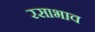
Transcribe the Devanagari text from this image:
रसाभाव